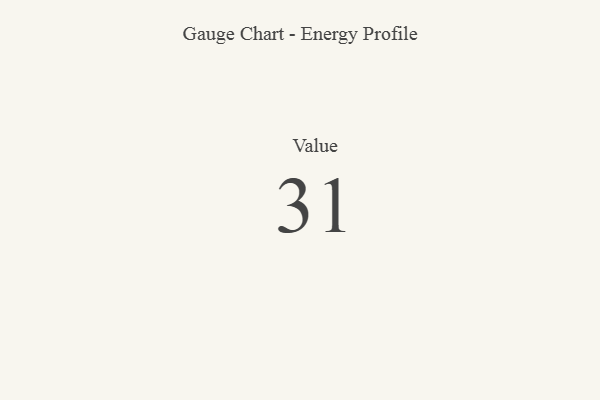
{"axis": {"x": "Metric", "y": "Value"}, "legend": [""], "data": [{"x": "Value", "y": 31, "type": ""}]}